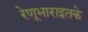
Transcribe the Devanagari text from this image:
रेणूभाराइतके